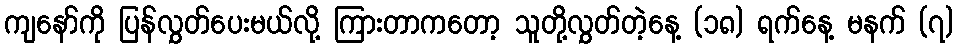
ကျနော်ကို ပြန်လွှတ်ပေးမယ်လို့ ကြားတာကတော့ သူတို့လွှတ်တဲ့နေ့ (၁၈) ရက်နေ့ မနက် (၇)